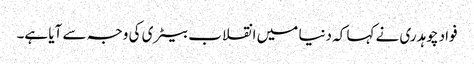
فواد چوہدری نے کہا کہ دنیا میں انقلاب بیٹری کی وجہ سے آیا ہے۔